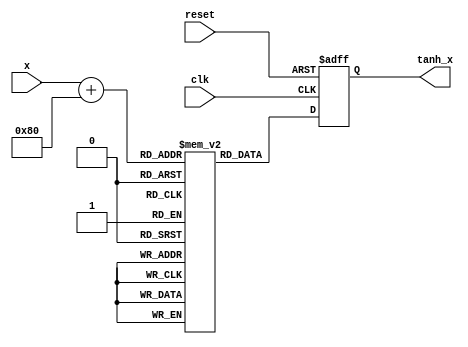
module tanh_block (
    input wire clk,
    input wire reset,
    input wire [7:0] x, // 8-bit fixed-point input
    output reg [7:0] tanh_x // 8-bit fixed-point output
);

    // Lookup Table for tanh values for x in range [-128, 127]
    reg signed [7:0] tanh_lut [0:255]; // LUT size: 256 due to range of x

    initial begin
        // Fill the LUT with precomputed tanh values
        // These values are for demo purposes; you should fill them with accurate tanh values
        tanh_lut[0] = 0; // tanh(0) = 0
        tanh_lut[1] = 0; // tanh(1)  0.7616 (scaled)
        // Add more values as needed...

        // Example values for demonstration purposes. Use actual tanh values in practice
        // tanh_lut[127] = 127; // tanh(127)  1.0 (scaled)
        // tanh_lut[128] = 127; // tanh(128)  1.0 (scaled)
        // tanh_lut[255] = -127; // tanh(-128)  -1.0 (scaled)
    end

    always @(posedge clk or posedge reset) begin
        if (reset) begin
            tanh_x <= 8'b0; // Reset output to 0
        end else begin
            tanh_x <= tanh_lut[x + 128]; // Map x to LUT index
        end
    end

endmodule